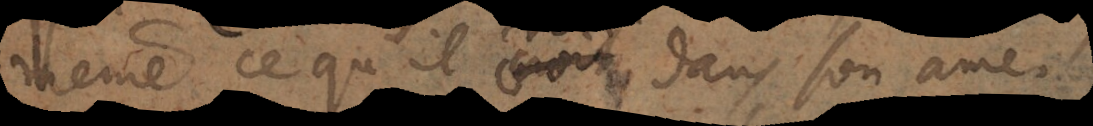
même ce qu’il croit dans son ame.